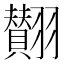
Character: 𮋘